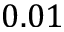
0 . 0 1